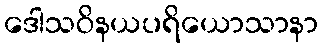
ဒေါသဝိနယပရိယောသာနာ